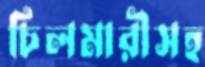
চিলমারীসহ